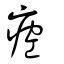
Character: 㾤